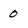
Character: 0